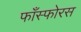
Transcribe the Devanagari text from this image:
फाँस्फोरस